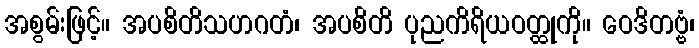
အစွမ်းဖြင့်။ အပစိတိသဟဂတံ၊ အပစိတိ ပုညကိရိယဝတ္ထုကို။ ဝေဒိတဗ္ဗံ၊